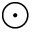
\odot